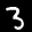
Label: 3